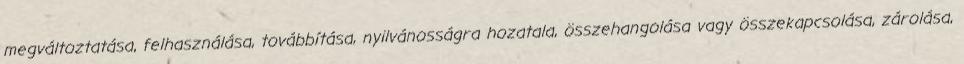
megváltoztatása, felhasználása, továbbítása, nyilvánosságra hozatala, összehangolása vagy összekapcsolása, zárolása,